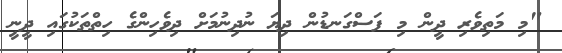
"މި މަތިވެރި ދީން މި ފަސްގަނޑުން ދިޔަ ނުދިނުމަށް ދިވެހިންގެ ހިތްތަކުގައި ދީނީ